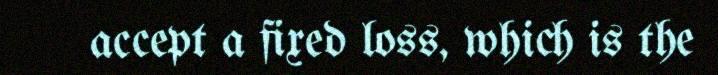
accept a fixed loss, which is the